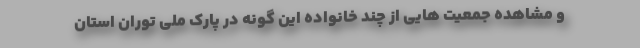
و مشاهده جمعیت هایی از چند خانواده این گونه در پارک ملی توران استان